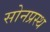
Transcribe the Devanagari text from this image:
सोनप्रस्थ